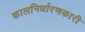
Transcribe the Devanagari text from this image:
कालनिर्धारणकारी